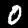
Label: 0